Lunatic asylums Punjab 1881-1894 - 1881-1894
Year: 1881
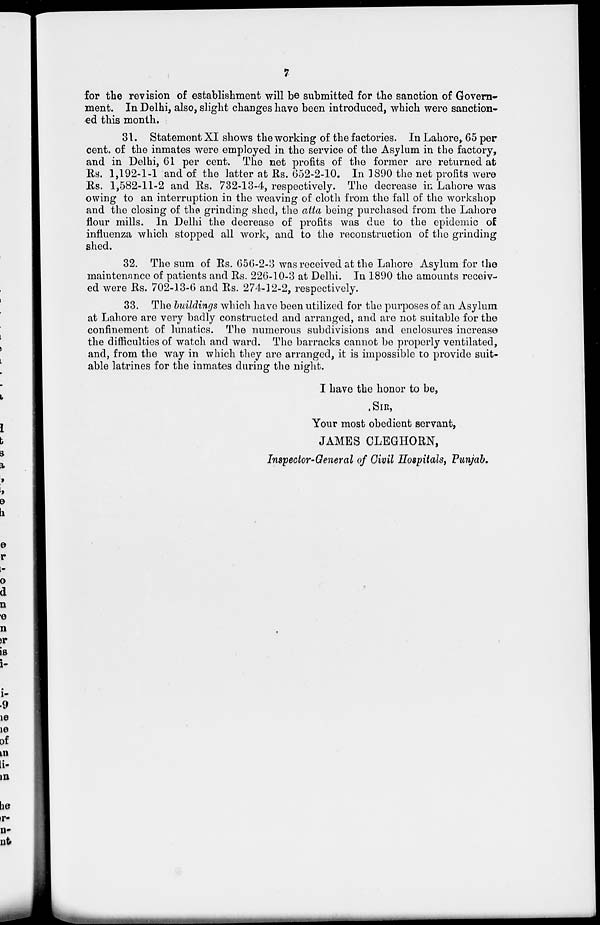
7
for the revision of establishment will be submitted for the sanction of Govern-
ment. In Delhi, also, slight changes have been introduced, which were sanction-
ed this month.
31. Statement XI shows the working of the factories. In Lahore, 65 per
cent. of the inmates were employed in the service of the Asylum in the factory,
and in Delhi, 61 per cent. The net profits of the former are returned at
Rs. 1,192-1-1 and of the latter at Rs. 652-2-10. In 1890 the net profits were
Rs. 1,582-11-2 and Rs. 732-13-4, respectively. The decrease in Lahore was
owing to an interruption in the weaving of cloth from the fall of the workshop
and the closing of the grinding shed, the atta being purchased from the Lahore
flour mills. In Delhi the decrease of profits was due to the epidemic of
influenza which stopped all work, and to the reconstruction of the grinding
shed.
32. The sum of Rs. 656-2-3 was received at the Lahore Asylum for the
maintenance of patients and Rs. 226-10-3 at Delhi. In 1890 the amounts receiv-
ed were Rs. 702-13-6 and Rs. 274-12-2, respectively.
33. The buildings which have been utilized for the purposes of an Asylum
at Lahore are very badly constructed and arranged, and are not suitable for the
confinement of lunatics. The numerous subdivisions and enclosures increase
the difficulties of watch and ward. The barracks cannot be properly ventilated,
and, from the way in which they are arranged, it is impossible to provide suit-
able latrines for the inmates during the night.
I have the honor to be,
SIR,
Your most obedient servant,
JAMES CLEGHORN,
Inspector-General of Civil Hospitals, Punjab.